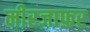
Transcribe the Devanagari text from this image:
मीरजाफ़र